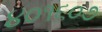
૪૦૧૬૦૭